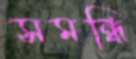
সমন্ধি